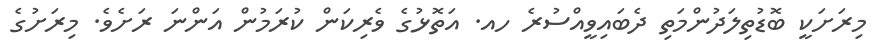
މިރަށަކީ ބޮޑުތިލަދުންމަތި ދެބައިވީއްސުރެ ހއ. އަތޮޅުގެ ވެރިކަން ކުރަމުން އަންނަ ރަށެވެ. މިރަށުގެ